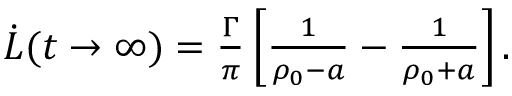
\begin{array} { r } { \dot { L } ( t \rightarrow \infty ) = \frac { \Gamma } { \pi } \left[ \frac { 1 } { \rho _ { 0 } - a } - \frac { 1 } { \rho _ { 0 } + a } \right] . } \end{array}